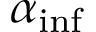
\alpha _ { \mathrm { i n f } }